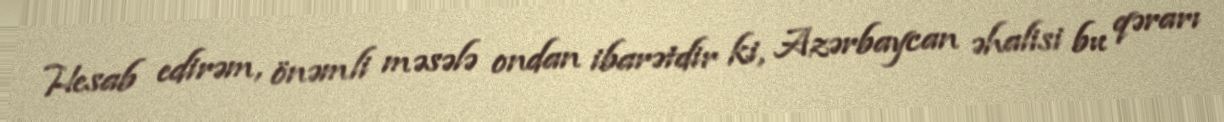
Hesab edirəm, önəmli məsələ ondan ibarətdir ki, Azərbaycan əhalisi bu qərarı